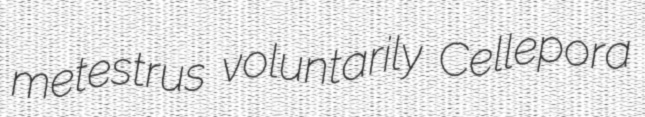
metestrus voluntarily Cellepora